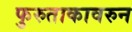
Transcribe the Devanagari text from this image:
फुरुताकावरुन